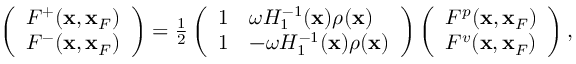
\begin{array} { r } { \left( \begin{array} { l } { F ^ { + } ( { \bf x } , { \bf x } _ { F } ) } \\ { F ^ { - } ( { \bf x } , { \bf x } _ { F } ) } \end{array} \right) = \frac { 1 } { 2 } \left( \begin{array} { l l } { 1 } & { \omega { \cal H } _ { 1 } ^ { - 1 } ( { \bf x } ) \rho ( { \bf x } ) } \\ { 1 } & { - \omega { \cal H } _ { 1 } ^ { - 1 } ( { \bf x } ) \rho ( { \bf x } ) } \end{array} \right) \left( \begin{array} { l } { F ^ { p } ( { \bf x } , { \bf x } _ { F } ) } \\ { F ^ { v } ( { \bf x } , { \bf x } _ { F } ) } \end{array} \right) , } \end{array}